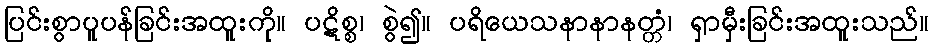
ပြင်းစွာပူပန်ခြင်းအထူးကို။ ပဋိစ္စ၊ စွဲ၍။ ပရိယေသနာနာနတ္တံ၊ ရှာမှီးခြင်းအထူးသည်။